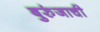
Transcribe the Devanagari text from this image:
बुरुंजाची